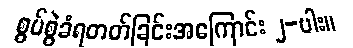
စွပ်စွဲခံရတတ်ခြင်းအကြောင်း ၂-ပါး။